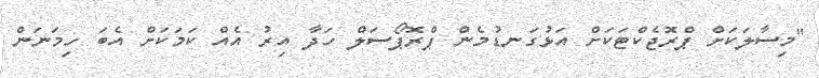
"މިސާލަކަށް ޕްރޮޖެކްޓަކަށް އަޅުގަނޑުމެން ޕްރޮޕޯސަލް ހަދާ އިރު އެއް ކަމަކަށް އެބަ ހިމަނަން